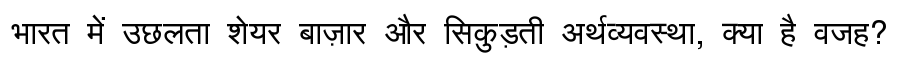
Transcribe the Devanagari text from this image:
भारत में उछलता शेयर बाज़ार और सिकुड़ती अर्थव्यवस्था, क्या है वजह?